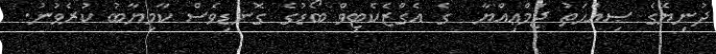
ދުނިޔޭގެ ޞިއްޙަތު ޖަމްޢިއްޔާ  ގެ އެގްޒެކެޓިވް ބޯޑުގެ ގޮނޑިވެސް ކާމިޔާބު ކުރެވުނު.